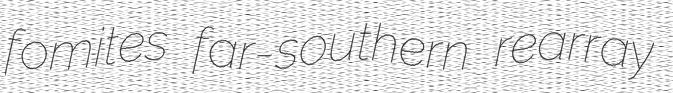
fomites far-southern rearray